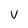
Character: v